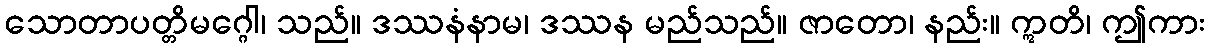
သောတာပတ္တိမဂ္ဂေါ၊ သည်။ ဒဿနံနာမ၊ ဒဿန မည်သည်။ ဇာတော၊ နည်း။ ဣတိ၊ ဤကား